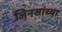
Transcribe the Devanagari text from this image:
जिनसांच्या